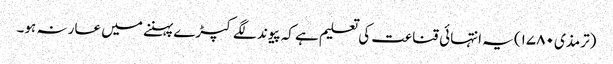
(ترمذی ۱۷۸۰) یہ انتہائی قناعت کی تعلیم ہے کہ پیوند لگے کپڑے پہننے میں عار نہ ہو۔